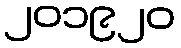
၂၀၁၉၂၀